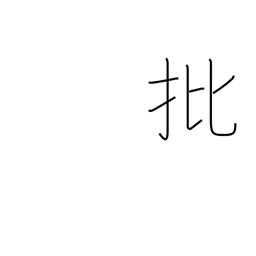
Meaning: criticism